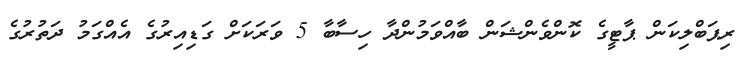
ރިޕަބްލިކަން ޕާޓީގެ ކޮންވެންޝަން ބާއްވަމުންދާ ހިސާބާ 5 ވަރަކަށް ގަޑިއިރުގެ އެއްގަމު ދަތުރުގެ